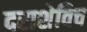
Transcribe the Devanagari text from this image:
दराशेविच